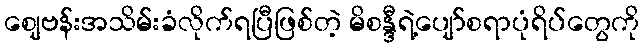
စျေဗန်းအသိမ်းခံလိုက်ရပြီဖြစ်တဲ့ မိစန္ဒီရဲ့ပျော်စရာပုံရိပ်တွေကို